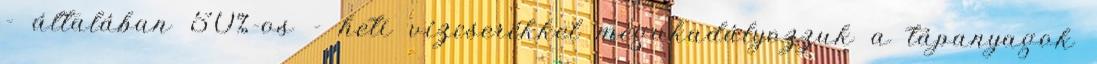
- általában 50%-os - heti vízcserékkel megakadályozzuk a tápanyagok